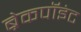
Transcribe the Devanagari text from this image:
ब्रेकपॉइंट